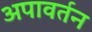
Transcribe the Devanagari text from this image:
अपावर्तन